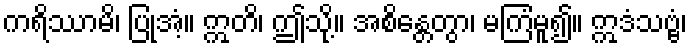
ကရိဿာမိ၊ ပြုအံ့။ ဣတိ၊ ဤသို့။ အစိန္တေတွာ၊ မကြံမူ၍။ ဣဒံသဗ္ဗံ၊